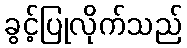
ခွင့်ပြုလိုက်သည်